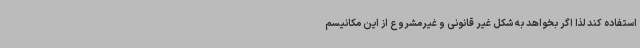
استفاده کند لذا اگر بخواهد به شکل غیر قانونی و غیرمشروع از این مکانیسم